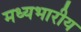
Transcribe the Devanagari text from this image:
मध्यभारीय